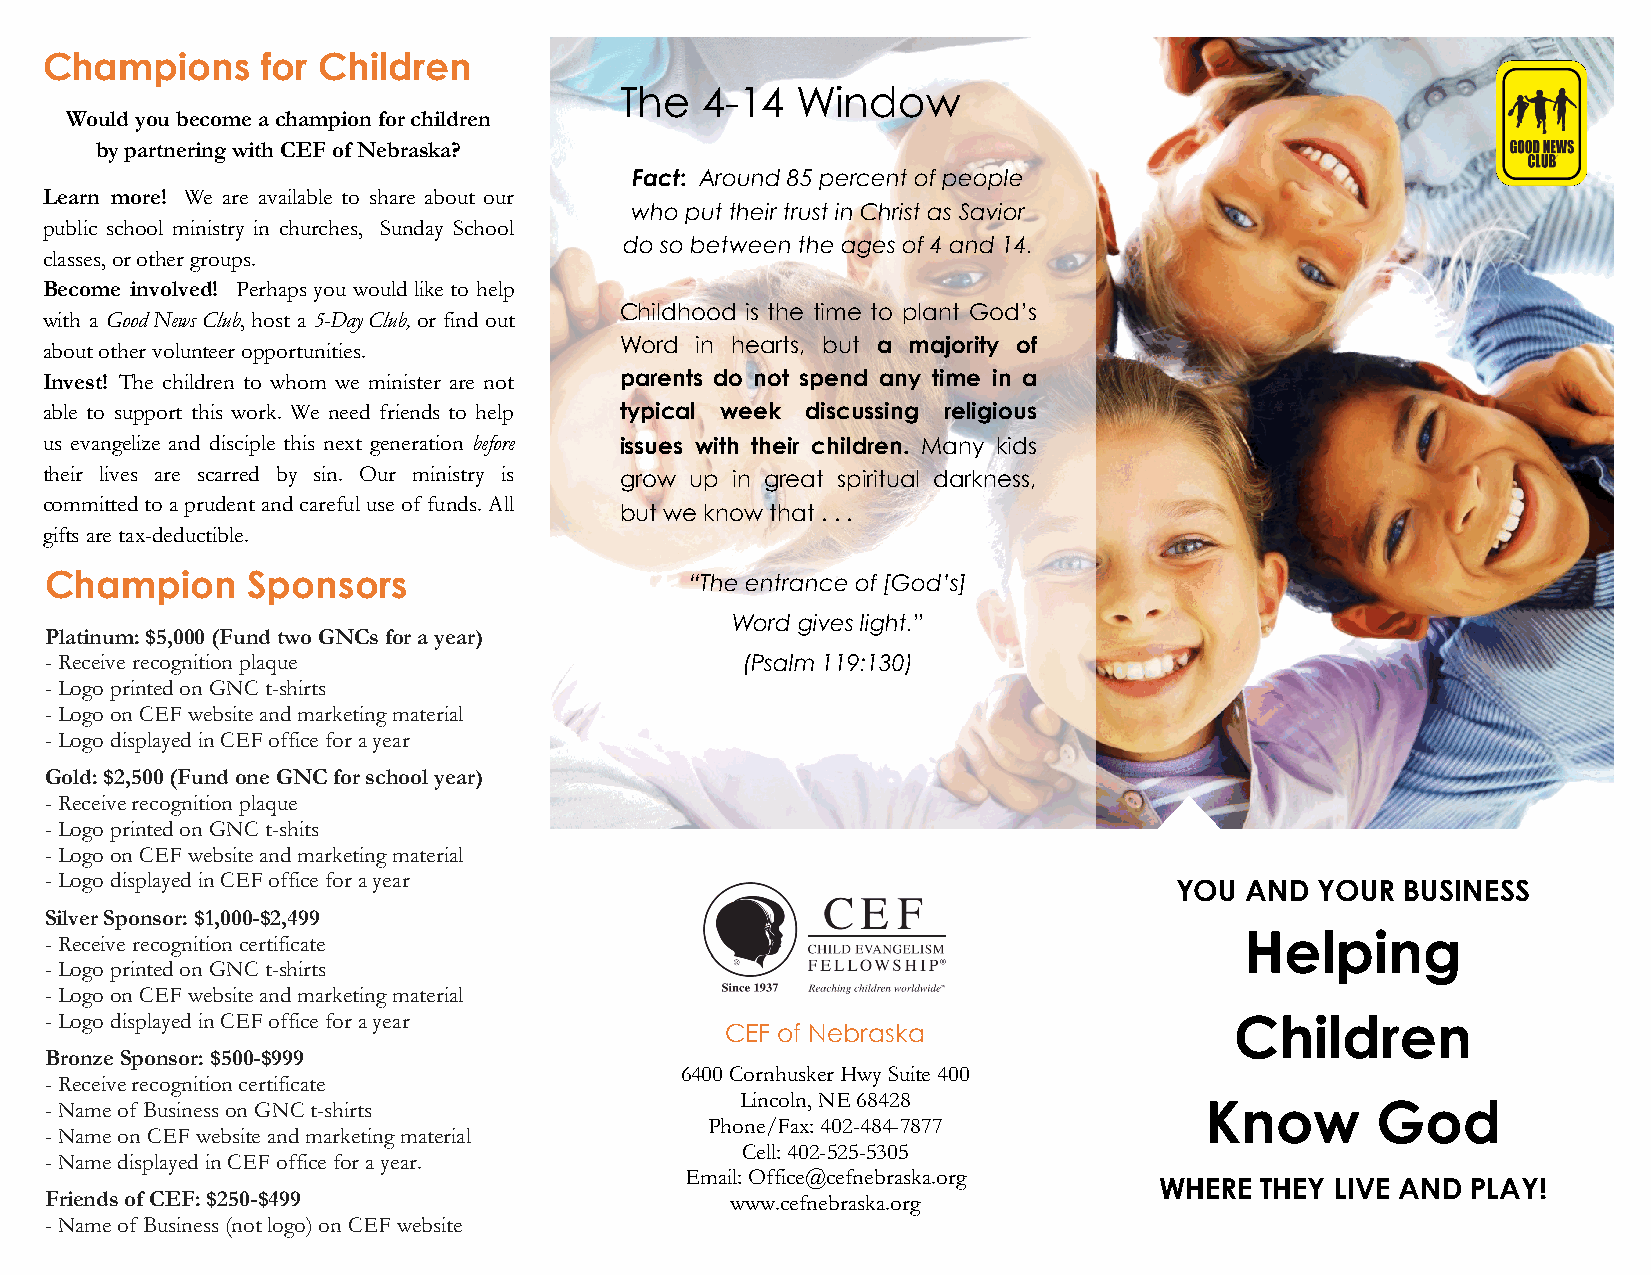
Champions     for Children
 The  4-14   Window
 Would you become a champion for children
 by partnering with CEF of Nebraska?
 Fact: Around 85 percent of people
 Learn more! We are available to share about our
 who put their trust in Christ as Savior
 public school ministry in churches, Sunday School
 do so between the ages of 4 and 14.
 classes, or other groups.
 Become involved! Perhaps you would like to help
 Childhood is the time to plant God’s
 with a Good News Club, host a 5-Day Club, or find out
 about other volunteer opportunities.  Word in hearts, but a majority of
 Invest! The children to whom we minister are not parents do not spend any time in a
 able to support this work. We need friends to help typical week discussing religious
 us evangelize and disciple this next generation before issues with their children. Many kids
 their lives are scarred by sin. Our ministry is grow up in great spiritual darkness,
 committed to a prudent and careful use of funds. All
 but we know that . . .
 gifts are tax-deductible.
 Champion     Sponsors                      “The entrance of [God’s]
 Word gives light.”
 Platinum: $5,000 (Fund two GNCs for a year)
 - Receive recognition plaque                  (Psalm 119:130)
 - Logo printed on GNC t-shirts
 - Logo on CEF website and marketing material
 - Logo displayed in CEF office for a year
 Gold: $2,500 (Fund one GNC for school year)
 - Receive recognition plaque
 - Logo printed on GNC t-shits
 - Logo on CEF website and marketing material
 - Logo displayed in CEF office for a year
 YOU AND  YOUR  BUSINESS
 Silver Sponsor: $1,000-$2,499
 Helping
 - Receive recognition certificate
 - Logo printed on GNC t-shirts
 - Logo on CEF website and marketing material
 - Logo displayed in CEF office for a year                                      Children
 CEF of Nebraska
 Bronze Sponsor: $500-$999
 6400 Cornhusker Hwy Suite 400
 - Receive recognition certificate
 Lincoln, NE 68428
 - Name of Business on GNC t-shirts                                           Know       God
 Phone/Fax: 402-484-7877
 - Name on CEF website and marketing material
 Cell: 402-525-5305
 - Name displayed in CEF office for a year.
 Email: Office@cefnebraska.org
 WHERE THEY LIVE AND PLAY!
 Friends of CEF: $250-$499                    www.cefnebraska.org
 - Name of Business (not logo) on CEF website